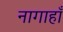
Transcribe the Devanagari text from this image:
नागाहाँ